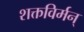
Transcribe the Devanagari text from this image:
शक्तविर्मन्